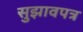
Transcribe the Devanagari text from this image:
सुझावपत्र